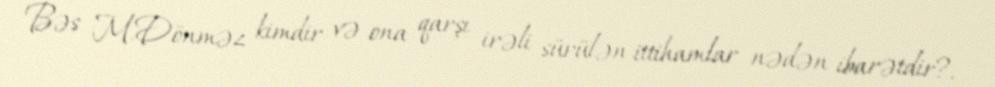
Bəs M.Dönməz kimdir və ona qarşı irəli sürülən ittihamlar nədən ibarətdir?.